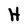
Character: H